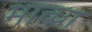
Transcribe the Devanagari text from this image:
माच्चा